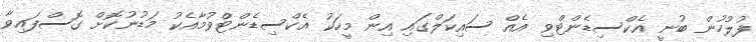
ފުލުހުން ބުނީ އެކްސިޑެންޓްވި އެއް ސައިކަލްގައި އިން މީހަކު އެކްސިޑެންޓްވުމާއެކު މަޑުނުކޮށް ގޮސްފައިވާ